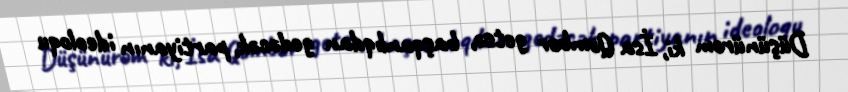
Düşünürəm ki, İsa Qəmbər getsə, başqanlıqdan gedəcək, partiyanın ideoloqu